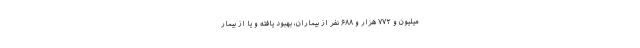
میلیون و ۷۷۲ هزار و ۶۸۸ نفر از بیماران، بهبود یافته و یا از بیمار